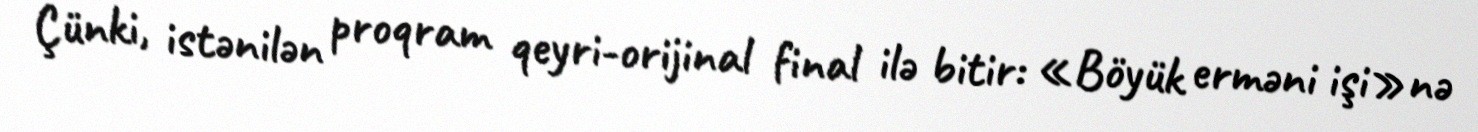
Çünki, istənilən proqram qeyri-orijinal final ilə bitir: «Böyük erməni işi»nə